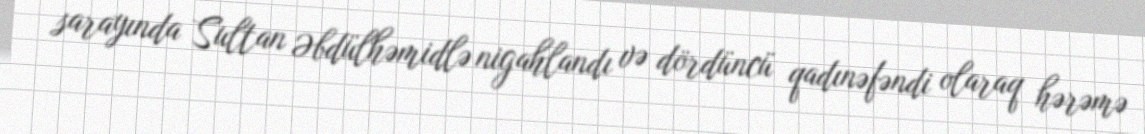
sarayında Sultan Əbdülhəmidlə nigahlandı və dördüncü qadınəfəndi olaraq hərəmə